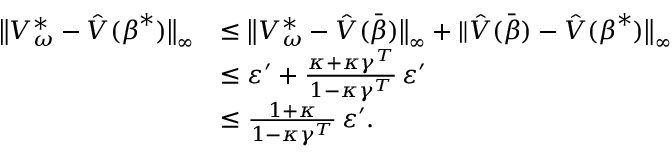
\begin{array} { r l } { \bigl \| V _ { \boldsymbol { \omega } } ^ { * } - \hat { V } ( \boldsymbol { \beta } ^ { * } ) \bigr \| _ { \infty } } & { \leq \bigl \| V _ { \boldsymbol { \omega } } ^ { * } - \hat { V } ( \bar { \boldsymbol { \beta } } ) \bigr \| _ { \infty } + \| \hat { V } ( \bar { \boldsymbol { \beta } } ) - \hat { V } ( \boldsymbol { \beta } ^ { * } ) \bigr \| _ { \infty } } \\ & { \leq \varepsilon ^ { \prime } + \frac { \kappa + \kappa \gamma ^ { T } } { 1 - \kappa \gamma ^ { T } } \, \varepsilon ^ { \prime } } \\ & { \leq \frac { 1 + \kappa } { 1 - \kappa \gamma ^ { T } } \, \varepsilon ^ { \prime } . } \end{array}